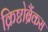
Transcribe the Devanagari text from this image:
क्रिष्टोब्रैंकस